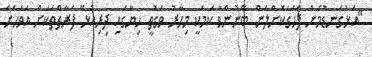
"އަޅުގަނޑުމެން ފާހަގަކޮށްލަން ބޭނުންވާ ކަމަކީ މިހާރު ވަގުތީ ހިޔާގައި ދިރިއުޅޭ ފަރާތްތަކަށް އަވަހަށް